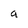
Character: a